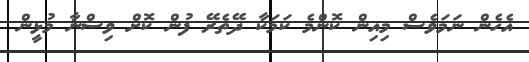
އެހެން ނަމަވެސް މިއިން ކޮންމެ ކަމަކާ ދޭތެރޭ ފުން ކޮށް ވިސްނާ މުޅީން